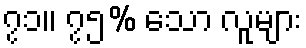
၇၁။ ၇၅% သော လူများ